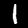
Label: 1